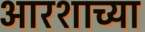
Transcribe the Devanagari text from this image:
आरशाच्या